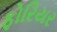
ફોરિયર